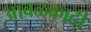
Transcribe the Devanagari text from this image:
आवळकाठी